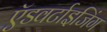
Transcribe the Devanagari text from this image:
ऍडवर्टाइजिंग